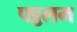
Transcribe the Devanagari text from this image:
पट्टलम